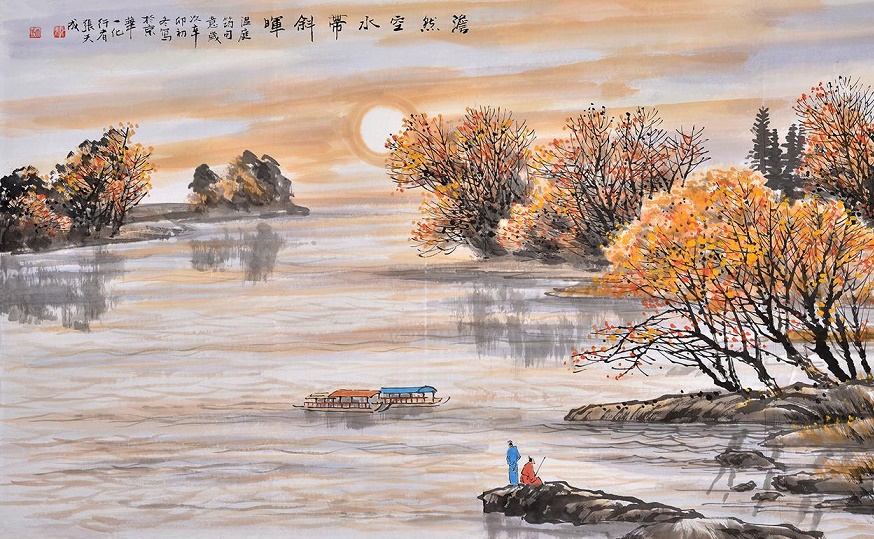
数丛沙草群鸥散，万顷江田一鹭飞。